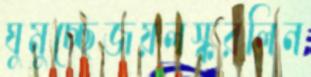
ঘুমুচ্ছেজয়লস্করলিন